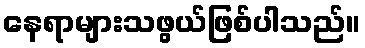
နေရာများသဖွယ်ဖြစ်ပါသည်။